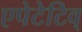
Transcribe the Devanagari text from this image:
एपेटेटिव्